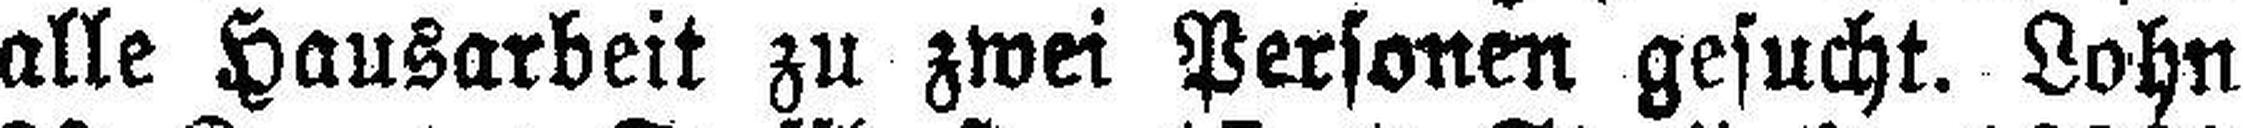
alle Hausarbeit zu zwei Personen gesucht. Lohn